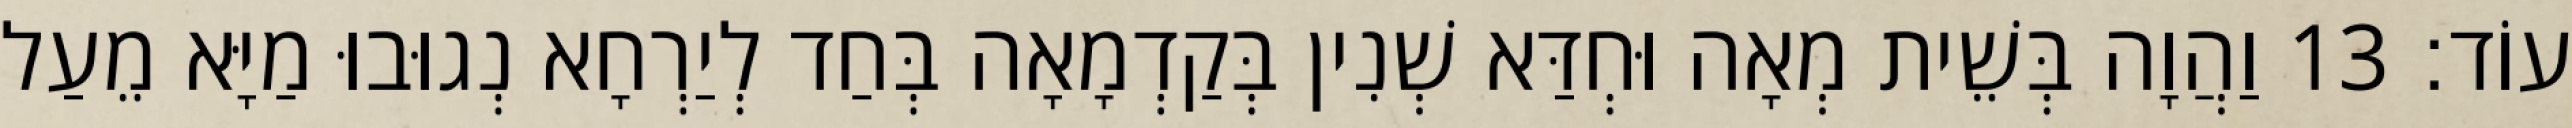
עוֹד׃ 13 וַהֲוָה בְּשֵׁית מְאָה וּחְדַּא שְׁנִין בְּקַדְמָאָה בְּחַד לְיַרְחָא נְגוּבוּ מַיָּא מֵעַל